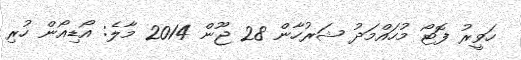
ހަވީރު ފޮޓޯ މުހައްމަދު ޝަރުހާން 28 ޖޫން 2014 މާލެ: އޯޑިއޯން ހުރި